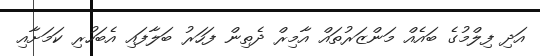
އަދި ފިލްމުގެ ބައެއް މަންޒަރުތައް އާމިރް ދެތިން ފަހަރު ބަލާފައި އެބަހުރި ކަމަށާއި